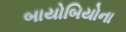
બાયોબિયોના